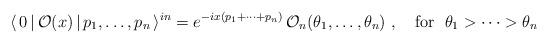
LaTeX: \begin{align*}\langle \,0\,|\,\mathcal{O}(x)\,|\,p_{1},\dots ,p_{n}\,\rangle^{in}=e^{-ix(p_{1}+\dots +p_{n})}\,\mathcal{O}_{n}(\theta _{1},\dots ,\theta_{n})~,~~~\mathrm{for}~~\theta _{1}>\dots >\theta _{n}\end{align*}